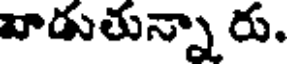
వాడుతున్నా రు.